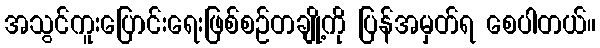
အသွင်ကူးပြောင်းရေးဖြစ်စဉ်တချို့ကို ပြန်အမှတ်ရ စေပါတယ်။